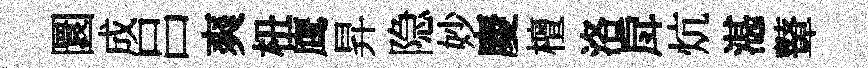
圜成吕爽杻鹰昇隐妙慶檀洛戽炕湛鼙